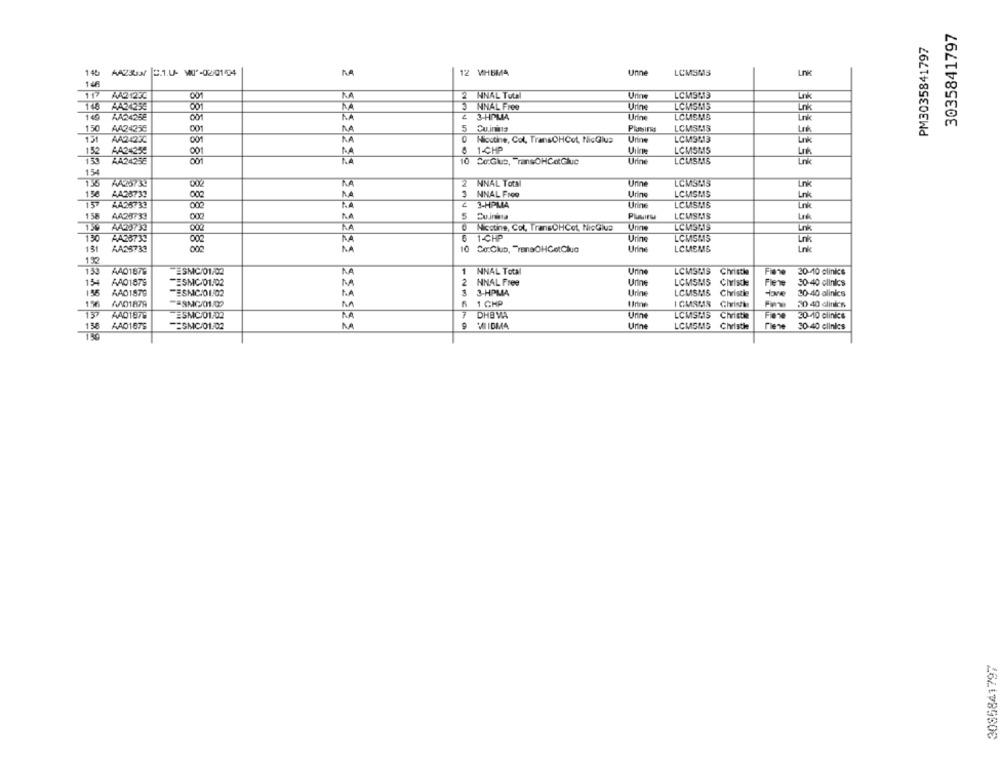
3035841797
PM3035841797
145 AA230 2.1.U- WU *- 02/01/04
12 VHBMA
Unne
LCMSMS
LnK
1 -R
117
AA21230
LA
2 NNAL TOWN
LCMS413
Lnk
148
AA24259
001
3
NNAL Free
Urine
LCMSMIS
1 40
AA2425E
KA
2 3-HPMIA
Trine
LCMSMS
Unk
150
AA24256
001
5
LCMSMS
Ln
151
AA24230
RA
Nicotine, Col, TransOHCot, NicGlua
Unne
LCM3313
152
AA24258
NA
0 1-CHP
LCMSMS
Lk
AA24256
10 Co:Glue, "ransOHCotGluc
LCLSMS
8888888
154
136
2 NNAL Tota
Urne
LCMSM5
Unk
AA28733
00
NNAL Frog
Urins
LCMSMS
Lnk
15
AA25733
000
3-HPMA
LCMSIMS
1 58
LA
AA23733
5
Cuinina
LCMSMAS
RA
Nicotine, Col, TransOHCet, NicGlue
Unne
LCMSM15
13
AA23739
6 1-CHP
Urine
LCMSMS
Lnk
131
AA23733
000
10 Co:Club, TranaOHGotClue
Urine
LCMEMS
132
153
AA01876
ESMC/01/02
1
NNAL Tota
Unne
LCMS MIS Civisthe
20-40 clinics
15
AA01879
ESMC/01/02
2
NNAL Free
Udine
LCMSMS Clviste
30-40 clinics
Fie
AA01879
-ESMC:0102
MA
3
3-HPMA
Urine
LCMSMS Christie
30-40 clinics
WAD1879
== SMG/01A
1 CHP
1 CMSMAS Givista
50 40 clinics
7
AAD1878
FESMC/01/02
DHB VA
Urine
LCMSMAIS Christie
20-10 clinics
AAD167S
SMC-01.02
222
VI IDM4
Urine
LCMSMS Christie
Tiene
30-40 clinics